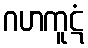
ဂဟကူဋံ